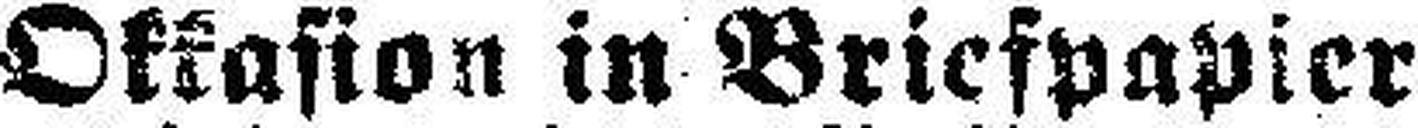
Okkasion in Briefpapier